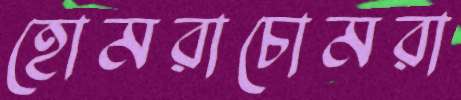
হোমরাচোমরা